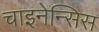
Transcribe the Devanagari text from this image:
चाइनेन्सिस